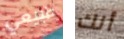
طبيعي أنك